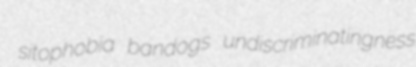
sitophobia bandogs undiscriminatingness